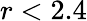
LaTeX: r<2.4